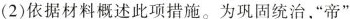
(2)依据材料概述此项措施。为固统治，”帝”